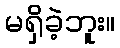
မရှိခဲ့ဘူး။